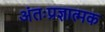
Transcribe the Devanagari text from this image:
अंतःप्रज्ञात्मक